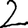
Digit: 2